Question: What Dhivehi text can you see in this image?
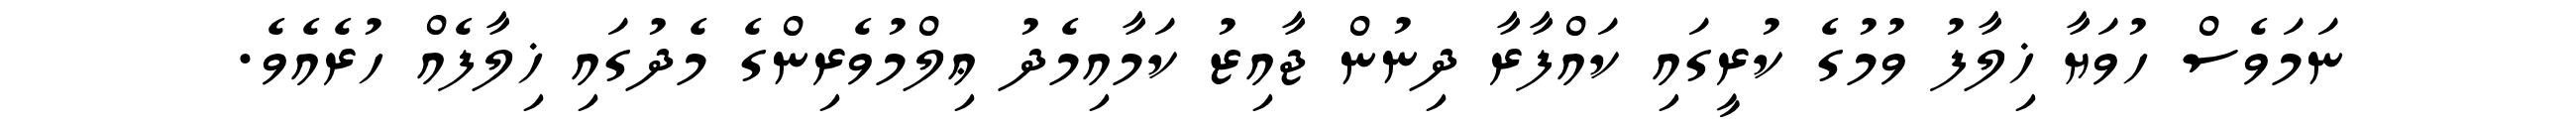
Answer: ނަމަވެސް ހުވަޔާ ޚިލާފު ވުމުގެ ކުރީގައި ކައްފާރާ ދިނުން ޖާއިޒު ކަމާއިމެދު ޢިލްމުވެރިންގެ މެދުގައި ޚިލާފެއް ހުރެއެވެ.